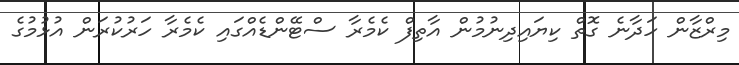
މިރްޒާން ހަދާނެ ގޮތް ކިޔައިދިނުމުން އާތިފް ކެމެރާ ސްޓޭންޑެއްގައި ކެމެރާ ހަރުކުރަން އުޅުމުގެ